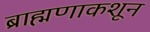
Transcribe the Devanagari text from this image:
ब्राह्मणाकशून